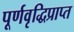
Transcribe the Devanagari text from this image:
पूर्णवृद्धिप्राप्त